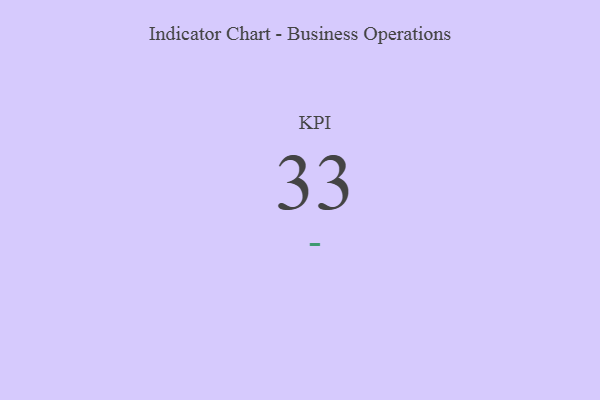
{"axis": {"x": "KPI", "y": "Value"}, "legend": [""], "data": [{"x": "KPI", "y": 33, "type": ""}]}